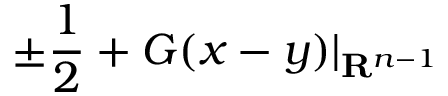
\pm { \frac { 1 } { 2 } } + G ( x - y ) | _ { \mathbf { R } ^ { n - 1 } }